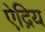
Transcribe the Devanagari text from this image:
ऐद्रिय